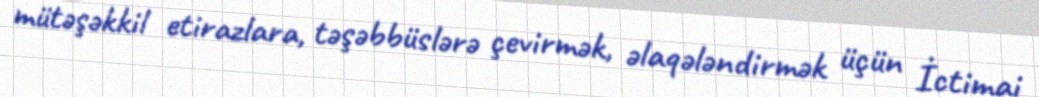
mütəşəkkil etirazlara, təşəbbüslərə çevirmək, əlaqələndirmək üçün İctimai